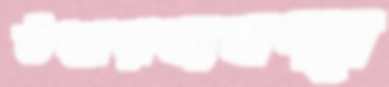
উদ্ধারব্যবস্থা